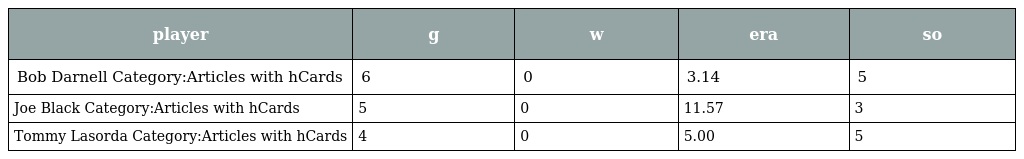
| player | g | w | era | so |
 | --- | --- | --- | --- | --- |
 | Bob Darnell Category:Articles with hCards | 6 | 0 | 3.14 | 5 |
 | Joe Black Category:Articles with hCards | 5 | 0 | 11.57 | 3 |
 | Tommy Lasorda Category:Articles with hCards | 4 | 0 | 5.00 | 5 |